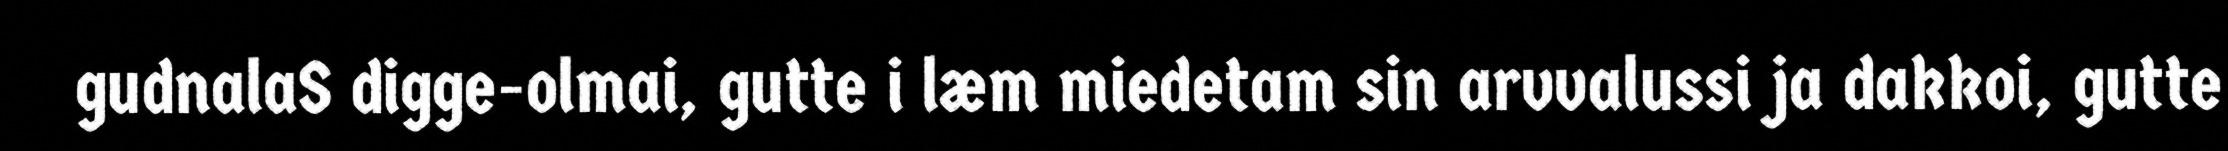
gudnalaS digge-olmai, gutte i læm miedetam sin arvvalussi ja dakkoi, gutte